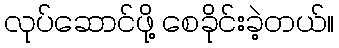
လုပ်ဆောင်ဖို့ စေခိုင်းခဲ့တယ်။